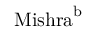
\mathrm { { M i s h r a } } ^ { \mathrm { b } }